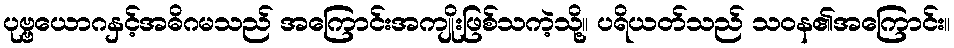
ပုဗ္ဗယောဂနှင့်အဓိဂမသည် အကြောင်းအကျိုးဖြစ်သကဲ့သို့။ ပရိယတ်သည် သဝန၏အကြောင်း။